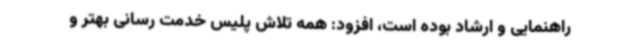
راهنمایی و ارشاد بوده است، افزود: همه تلاش پلیس خدمت رسانی بهتر و